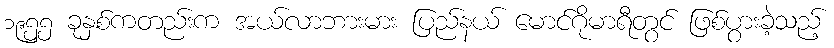
၁၉၅၅ ခုနှစ်ကတည်းက အယ်လာဘားမား ပြည်နယ် မောင်ဂိုမာရီတွင် ဖြစ်ပွားခဲ့သည့်